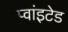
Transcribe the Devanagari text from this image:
प्वांइटेड